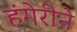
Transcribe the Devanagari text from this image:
हंगेरीने